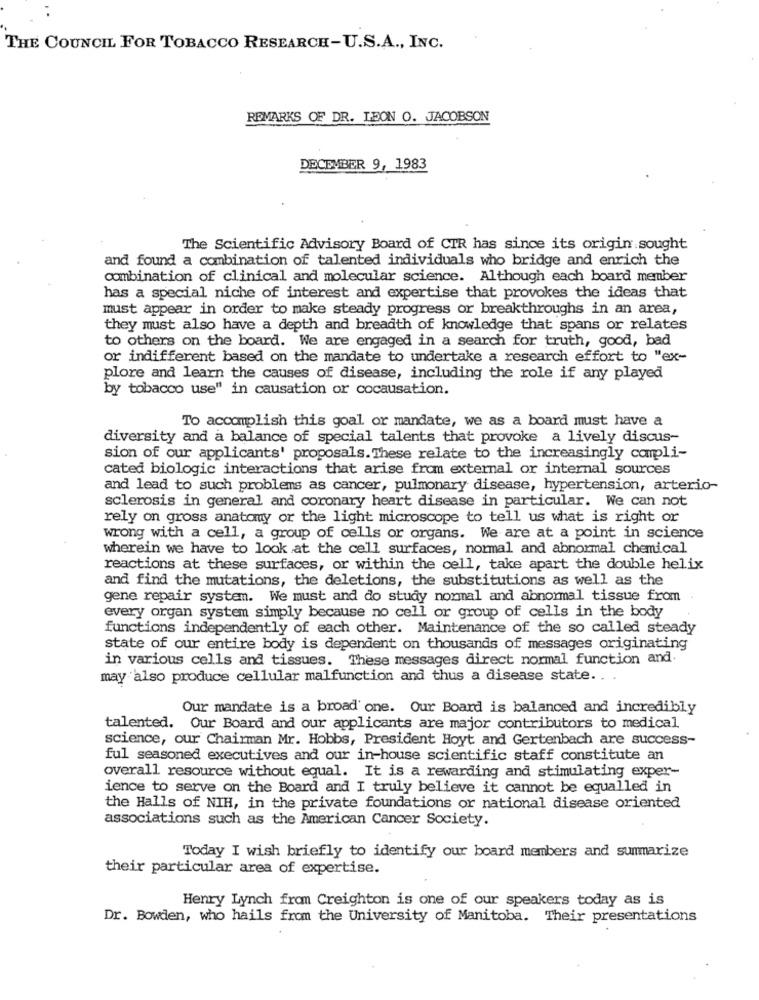
THE COUNCIL FOR TOBACCO RESEARCH-U.S.A ., INC.
REMARKS OF DR. LEON O. JACOBSON
DECEMBER 9, 1983
The Scientific Advisory Board of CIR has since its origin sought
and found a combination of talented individuals who bridge and enrich the
combination of clinical and molecular science. Although each board member
has a special niche of interest and expertise that provokes the ideas that
must appear in order to make steady progress or breakthroughs in an area,
they must also have a depth and breadth of knowledge that spans or relates
to others on the board. We are engaged in a search for truth, good, bad
or indifferent based on the mandate to undertake a research effort to "ex-
plore and learn the causes of disease, including the role if any played
by tobacco use" in causation or cocausation.
To accomplish this goal or mandate, we as a board must have a
diversity and a balance of special talents that provoke a lively discus-
sion of our applicants' proposals. These relate to the increasingly compli-
cated biologic interactions that arise from external or internal sources
and lead to such problems as cancer, pulmonary disease, hypertension, arterio-
sclerosis in general and coronary heart disease in particular. We can not
rely on gross anatomy or the light microscope to tell us what is right or
wrong with a cell, a group of cells or organs. We are at a point in science
wherein we have to look at the cell surfaces, normal and abnormal chemical
reactions at these surfaces, or within the cell, take apart the double helix
and find the mutations, the deletions, the substitutions as well as the
gene repair system. We must and do study normal and abnormal tissue from
every organ system simply because no cell or group of cells in the body
functions independently of each other. Maintenance of the so called steady
state of our entire body is dependent on thousands of messages originating
in various cells and tissues. These messages direct normal function and
may also produce cellular malfunction and thus a disease state. .
Our mandate is a broad' one. Our Board is balanced and incredibly
talented. Our Board and our applicants are major contributors to medical
science, our Chairman Mr. Hobbs, President Hoyt and Gertenbach are success-
ful seasoned executives and our in-house scientific staff constitute an
overall resource without equal. It is a rewarding and stimulating exper-
ience to serve on the Board and I truly believe it cannot be equalled in
the Halls of NIH, in the private foundations or national disease oriented
associations such as the American Cancer Society.
Today I wish briefly to identify our board members and summarize
their particular area of expertise.
Henry Lynch from Creighton is one of our speakers today as is
Dr. Bowden, who hails from the University of Manitoba. Their presentations